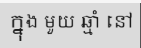
ក្នុង មួយ ឆ្មាំ នៅ